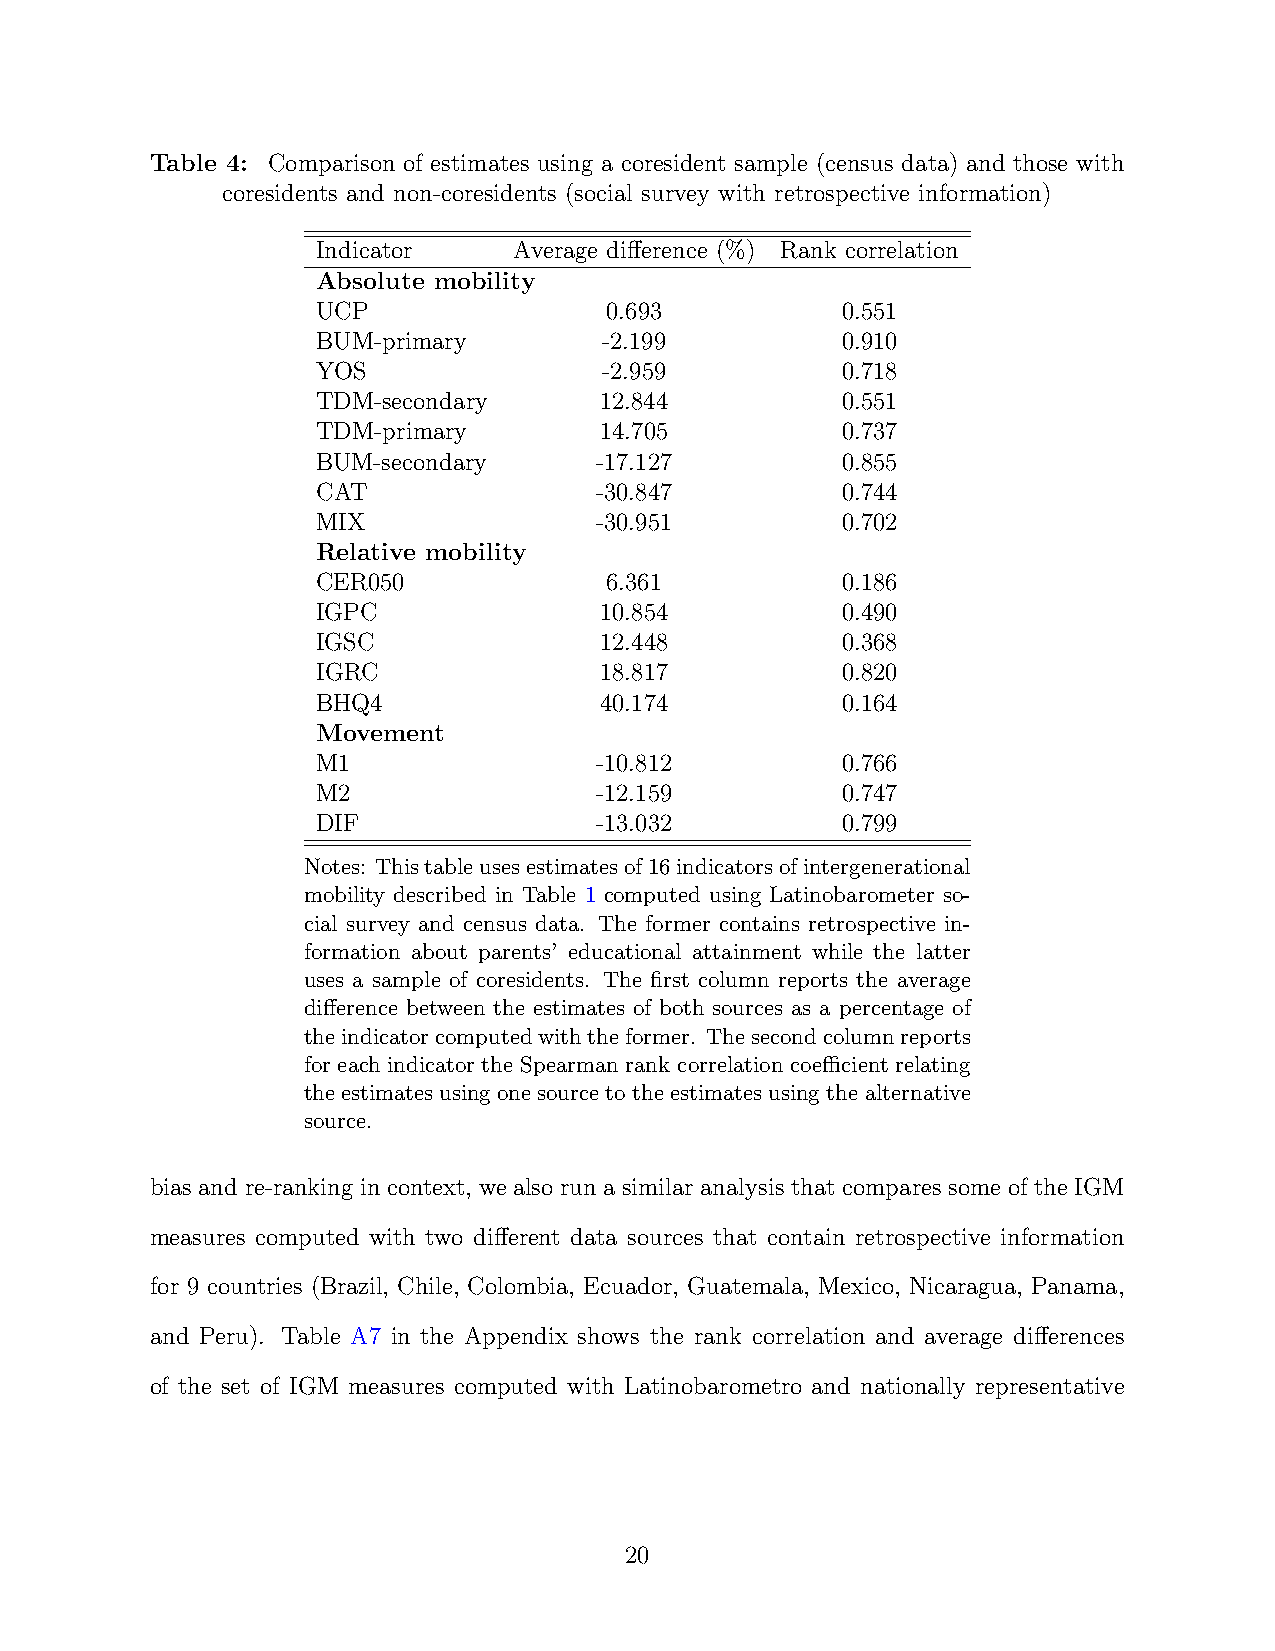
Table 4: Comparison of estimates using a coresident sample (census data) and those with
 coresidents and non-coresidents (social survey with retrospective information)
 Indicator    Average difference (%) Rank correlation
 Absolute mobility
 UCP                0.693           0.551
 BUM-primary        -2.199          0.910
 YOS                -2.959          0.718
 TDM-secondary      12.844          0.551
 TDM-primary        14.705          0.737
 BUM-secondary     -17.127          0.855
 CAT               -30.847          0.744
 MIX               -30.951          0.702
 Relative mobility
 CER050             6.361           0.186
 IGPC               10.854          0.490
 IGSC               12.448          0.368
 IGRC               18.817          0.820
 BHQ4               40.174          0.164
 Movement
 M1                -10.812          0.766
 M2                -12.159          0.747
 DIF               -13.032          0.799
 Notes: Thistableusesestimatesof16indicatorsofintergenerational
 mobility described in Table 1 computed using Latinobarometer so-
 cial survey and census data. The former contains retrospective in-
 formation about parents’ educational attainment while the latter
 uses a sample of coresidents. The first column reports the average
 difference between the estimates of both sources as a percentage of
 theindicatorcomputedwiththeformer. Thesecondcolumnreports
 for each indicator the Spearman rank correlation coefficient relating
 theestimatesusingonesourcetotheestimatesusingthealternative
 source.
 bias and re-ranking in context, we also run a similar analysis that compares some of the IGM
 measures computed with two different data sources that contain retrospective information
 for 9 countries (Brazil, Chile, Colombia, Ecuador, Guatemala, Mexico, Nicaragua, Panama,
 and Peru). Table A7 in the Appendix shows the rank correlation and average differences
 of the set of IGM measures computed with Latinobarometro and nationally representative
 20